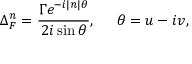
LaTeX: \Delta _ { F } ^ { n } = \frac { \Gamma e ^ { - i | n | \theta } } { 2 i \sin \theta } , \; \; \; \; \; \theta = u - i v ,